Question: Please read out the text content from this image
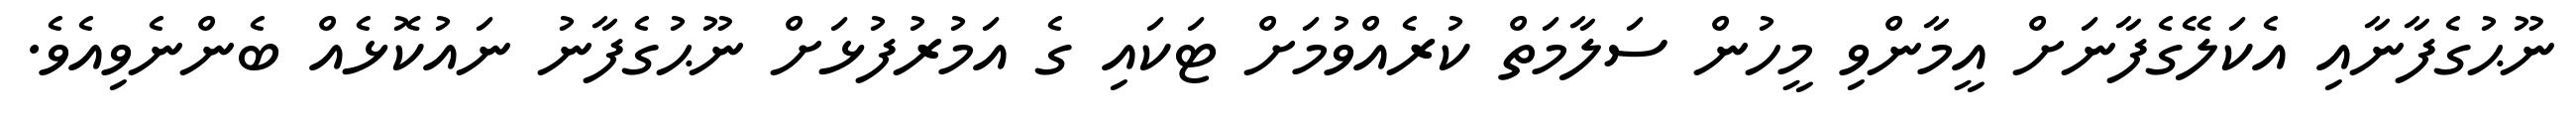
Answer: ނޫޙުގެފާނާއި އެކަލޭގެފާނަށް އީމާންވި މީހުން ސަލާމަތް ކުރެއްވުމަށް ޓަކައި ގެ އަމުރުފުޅަށް ނޫޙުގެފާނު ނައުކޮޅެއް ބެންނެވިއެވެ.